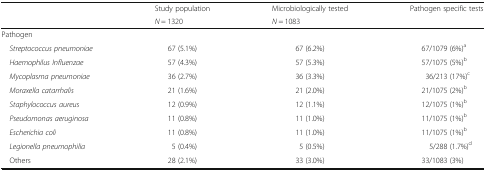
| <ROWSPAN=2>  | Study population | Microbiologically tested | <ROWSPAN=2> Pathogen specific tests |
 | N = 1320 | N = 1083 |
 | --- | --- | --- | --- |
 | <COLSPAN=4> Pathogen |
 | Streptococcus pneumoniae | 67 (5.1%) | 67 (6.2%) | 67/1079 (6%)a |
 | Haemophilus Influenzae | 57 (4.3%) | 57 (5.3%) | 57/1075 (5%)b |
 | Mycoplasma pneumoniae | 36 (2.7%) | 36 (3.3%) | 36/213 (17%)c |
 | Moraxella catarrhalis | 21 (1.6%) | 21 (2.0%) | 21/1075 (2%)b |
 | Staphylococcus aureus | 12 (0.9%) | 12 (1.1%) | 12/1075 (1%)b |
 | Pseudomonas aeruginosa | 11 (0.8%) | 11 (1.0%) | 11/1075 (1%)b |
 | Escherichia coli | 11 (0.8%) | 11 (1.0%) | 11/1075 (1%)b |
 | Legionella pneumophilia | 5 (0.4%) | 5 (0.5%) | 5/288 (1.7%)d |
 | Others | 28 (2.1%) | 33 (3.0%) | 33/1083 (3%) |